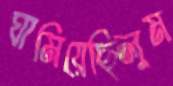
ঘামিয়েছিলুম